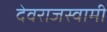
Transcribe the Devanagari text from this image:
देवराजस्वामी